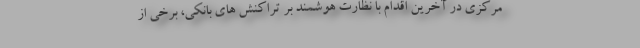
مرکزی در آخرین اقدام با نظارت هوشمند بر تراکنش های بانکی، برخی از